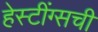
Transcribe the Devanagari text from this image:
हेस्टींग्सची